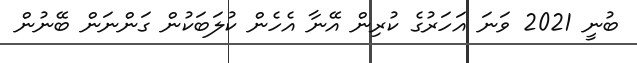
ބުނީ 2021 ވަނަ އަހަރުގެ ކުރިން އޭނާ އެހެން ކުލަބަކުން ގަންނަން ބޭނުން